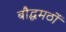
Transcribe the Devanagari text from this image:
बौद्धमठों